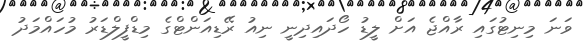
ވަނަ މިނިޓުގައި ރާއްޖެ އަށް ލީޑު ހޯދައިދިނީ ނިއު ރޭޑިއަންޓްގެ މިޑްފީލްޑަރު މުހައްމަދު